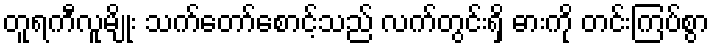
တူရကီလူမျိုး သက်တော်စောင့်သည် လက်တွင်းရှိ ဓားကို တင်းကြပ်စွာ